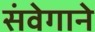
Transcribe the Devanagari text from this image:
संवेगाने